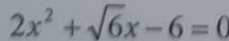
2 x ^ { 2 } + \sqrt { 6 } x - 6 = 0